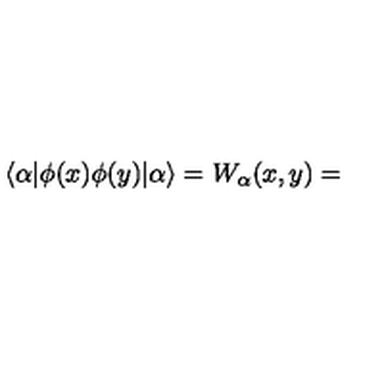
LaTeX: \langle \alpha | \phi ( x ) \phi ( y ) | \alpha \rangle = W _ { \alpha } ( x , y ) =